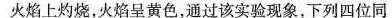
火焰上灼烧，火焰呈黄色，通过该实验现象，下列四位同